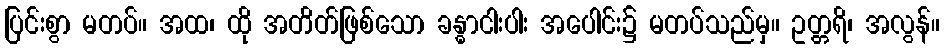
ပြင်းစွာ မတပ်။ အထ၊ ထို အတိတ်ဖြစ်သော ခန္ဓာငါးပါး အပေါင်း၌ မတပ်သည်မှ။ ဥတ္တရိ၊ အလွန်။